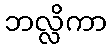
ဘလ္လိကာ